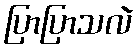
ပြာပြာသလဲ